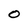
Character: O